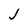
Character: J